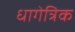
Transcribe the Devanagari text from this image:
धागेत्रिक